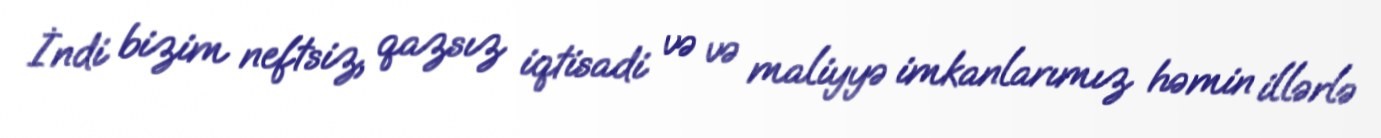
İndi bizim neftsiz, qazsız iqtisadi və və maliyyə imkanlarımız həmin illərlə